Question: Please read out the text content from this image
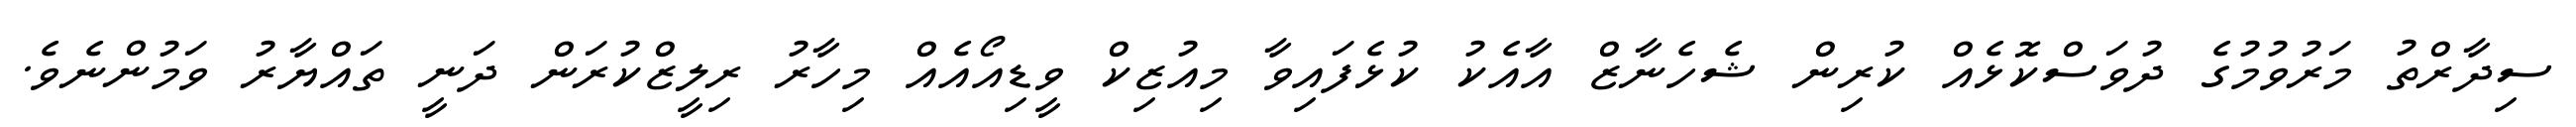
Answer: ސިދާރްތު މަރުވުމުގެ ދުވަސްކޮޅެއް ކުރިން ޝެހެނާޒް އާއެކު ކުޅެފައިވާ މިއުޒިކް ވީޑިއޯއެއް މިހާރު ރިލީޒްކުރަން ދަނީ ތައްޔާރު ވަމުންނެވެ.